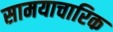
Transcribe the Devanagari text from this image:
सामयाचारिक